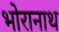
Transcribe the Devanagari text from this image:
भोरानाथ